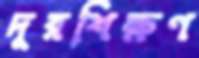
দূরশিক্ষণ